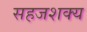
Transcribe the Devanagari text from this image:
सहजशक्‍य